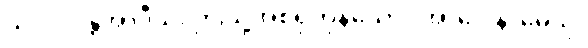
သလိလန္တိအာဒီသု၊ ဤသို့အစရှိကုနိသော။ အာပေါနာမေသု၊